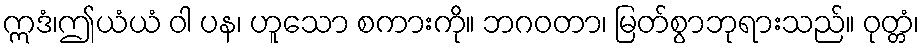
ဣဒံ၊ဤယံယံ ဝါ ပန၊ ဟူသော စကားကို။ ဘဂဝတာ၊ မြတ်စွာဘုရားသည်။ ဝုတ္တံ၊